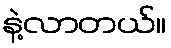
နဲ့လာတယ်။